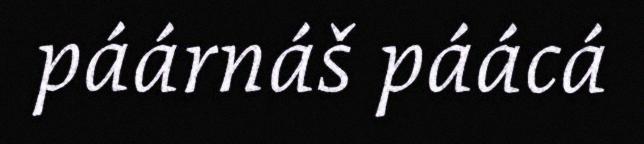
páárnáš páácá